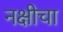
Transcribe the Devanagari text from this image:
नक्षीचा